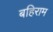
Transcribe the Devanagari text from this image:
बहिराम